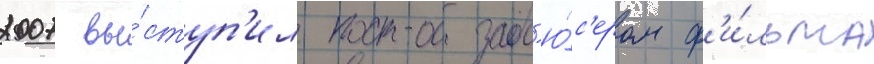
2007 вы́ступ'ил прод'ю́с'ером ф'и́льма